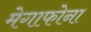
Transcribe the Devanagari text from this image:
मेगाफोना